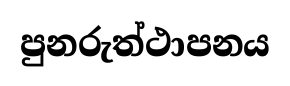
පුනරුත්ථාපනය